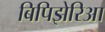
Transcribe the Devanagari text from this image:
बिपिझेरिआ